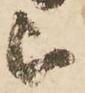
被